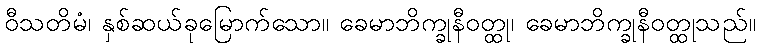
ဝီသတိမံ၊ နှစ်ဆယ်ခုမြောက်သော။ ခေမာဘိက္ခုနီဝတ္ထု၊ ခေမာဘိက္ခုနီဝတ္ထုသည်။